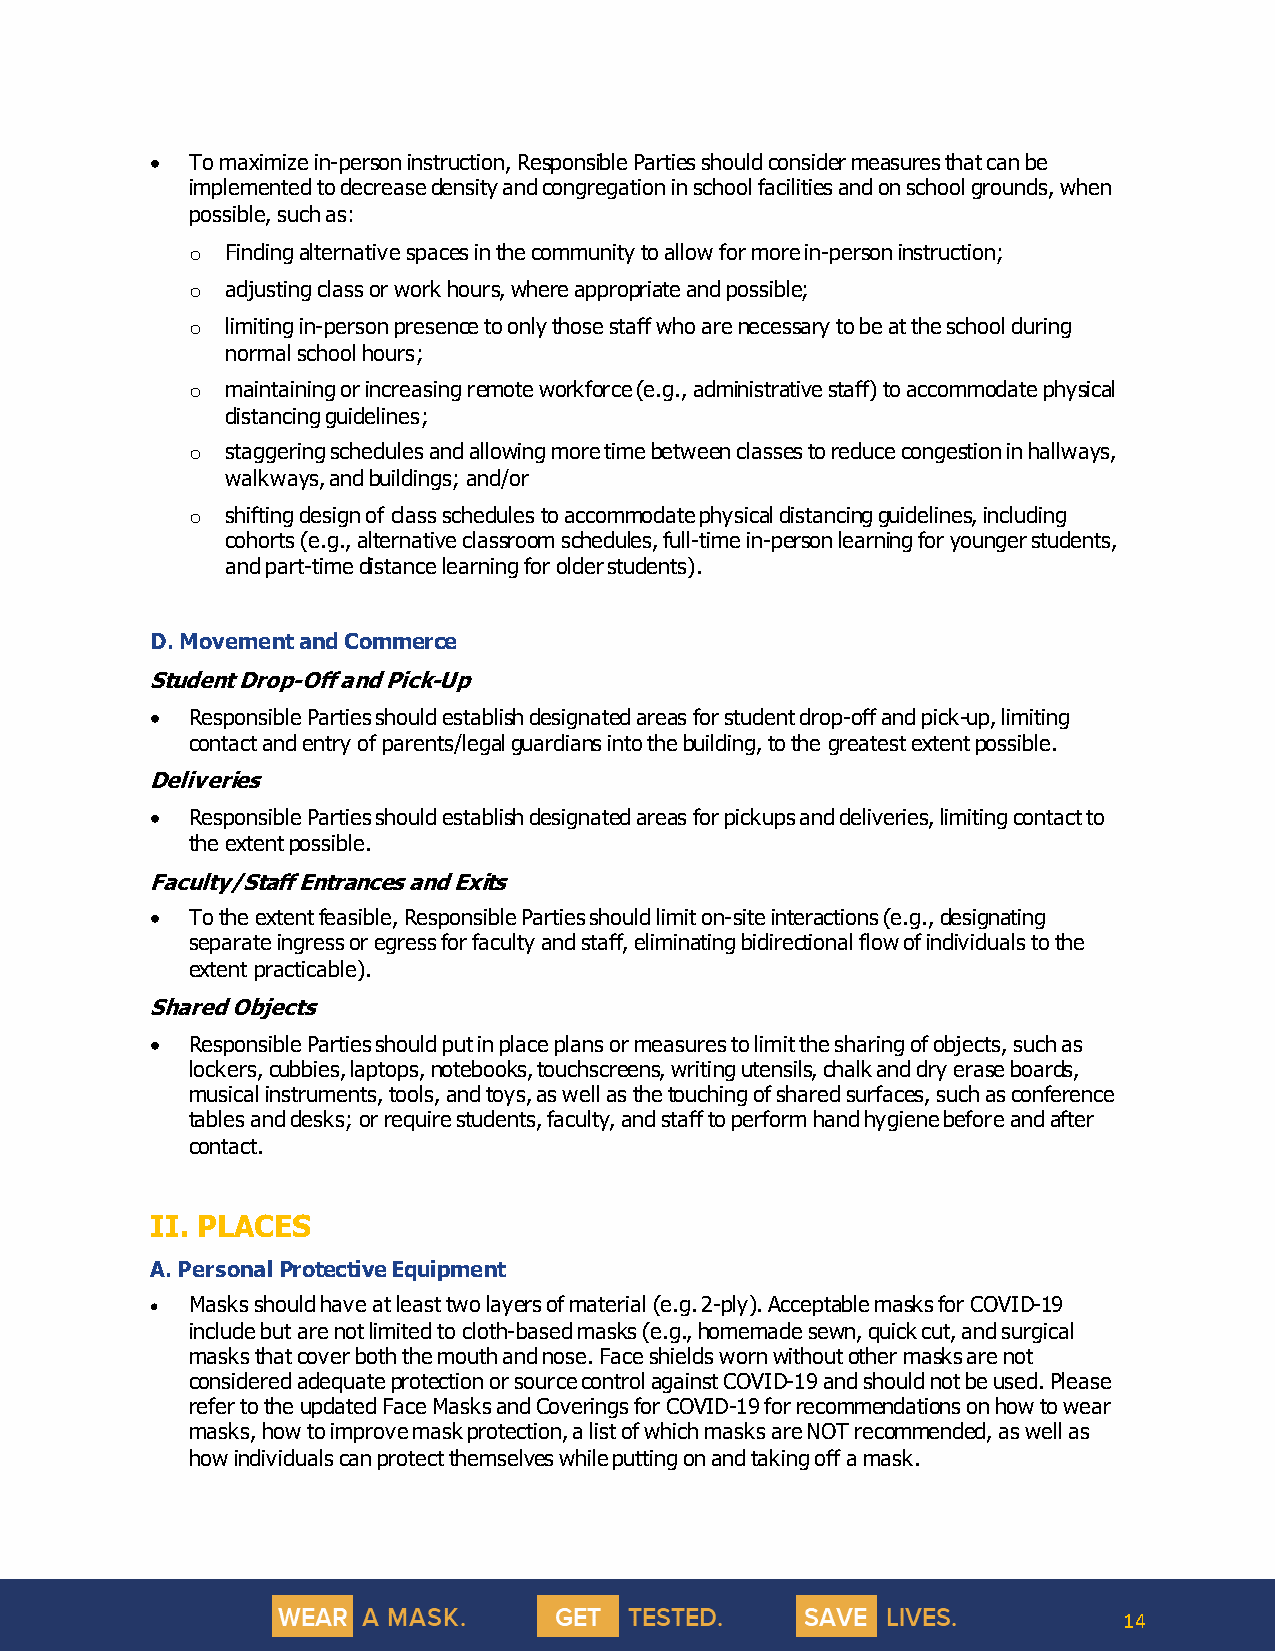
• To maximize in-person instruction, Responsible Parties should consider measures that can be
 implemented to decrease density and congregation in school facilities and on school grounds, when
 possible, such as:
 o  Finding alternative spaces in the community to allow for more in-person instruction;
 o  adjusting class or work hours, where appropriate and possible;
 o  limiting in-person presence to only those staff who are necessary to be at the school during
 normal school hours;
 o  maintaining or increasing remote workforce (e.g., administrative staff) to accommodate physical
 distancing guidelines;
 o  staggering schedules and allowing more time between classes to reduce congestion in hallways,
 walkways, and buildings; and/or
 o  shifting design of class schedules to accommodate physical distancing guidelines, including
 cohorts (e.g., alternative classroom schedules, full-time in-person learning for younger students,
 and part-time distance learning for older students).
 D. Movement and Commerce
 Student Drop-Off and Pick-Up
 • Responsible Parties should establish designated areas for student drop-off and pick-up, limiting
 contact and entry of parents/legal guardians into the building, to the greatest extent possible.
 Deliveries
 • Responsible Parties should establish designated areas for pickups and deliveries, limiting contact to
 the extent possible.
 Faculty/Staff Entrances and Exits
 • To the extent feasible, Responsible Parties should limit on-site interactions (e.g., designating
 separate ingress or egress for faculty and staff, eliminating bidirectional flow of individuals to the
 extent practicable).
 Shared Objects
 • Responsible Parties should put in place plans or measures to limit the sharing of objects, such as
 lockers, cubbies, laptops, notebooks, touchscreens, writing utensils, chalk and dry erase boards,
 musical instruments, tools, and toys, as well as the touching of shared surfaces, such as conference
 tables and desks; or require students, faculty, and staff to perform hand hygiene before and after
 contact.
 II. PLACES
 A. Personal Protective Equipment
 • Masks should have at least two layers of material (e.g. 2-ply). Acceptable masks for COVID-19
 include but are not limited to cloth-based masks (e.g., homemade sewn, quick cut, and surgical
 masks that cover both the mouth and nose. Face shields worn without other masks are not
 considered adequate protection or source control against COVID-19 and should not be used. Please
 refer to the updated Face Masks and Coverings for COVID-19 for recommendations on how to wear
 masks, how to improve mask protection, a list of which masks are NOT recommended, as well as
 how individuals can protect themselves while putting on and taking off a mask.
 14